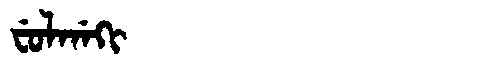
Manchu: ᠸᡠᠯᡤᠠᡴᡳ
Romanization: FULGAKI